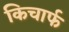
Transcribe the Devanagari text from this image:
किचार्फ